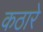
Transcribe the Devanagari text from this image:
कठारे